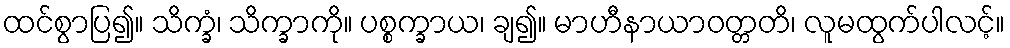
ထင်စွာပြ၍။ သိက္ခံ၊ သိက္ခာကို။ ပစ္စက္ခာယ၊ ချ၍။ မာဟီနာယာဝတ္တတိ၊ လူမထွက်ပါလင့်။